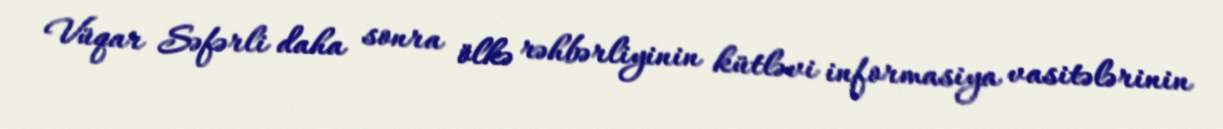
Vüqar Səfərli daha sonra ölkə rəhbərliyinin kütləvi informasiya vasitələrinin